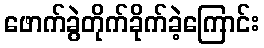
ဖောက်ခွဲတိုက်ခိုက်ခဲ့ကြောင်း